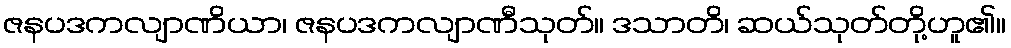
ဇနပဒကလျာဏိယာ၊ ဇနပဒကလျာဏီသုတ်။ ဒသာတိ၊ ဆယ်သုတ်တို့ဟူ၏။